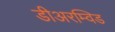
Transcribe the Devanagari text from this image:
डीअरम्विड